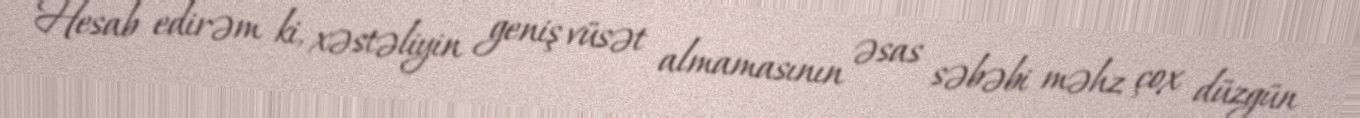
Hesab edirəm ki, xəstəliyin geniş vüsət almamasının əsas səbəbi məhz çox düzgün